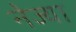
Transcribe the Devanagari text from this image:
नेज्या